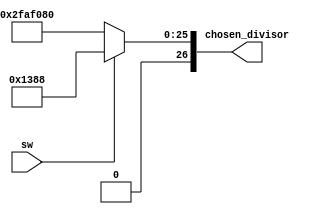
`timescale 1ns / 1ps



module clock_selector(
    input sw,
    output reg [26:0] chosen_divisor
    );
    always @(sw) begin
        // sw: 1->10kHz, 0->1Hz
        // param: CLK / factor / 2
        // 100 MHz = 100,000,000 Hz
        chosen_divisor <= (sw) ? 5000 : 50000000;
    end
endmodule